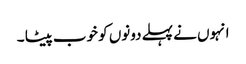
انہوں نے پہلے دونوں کو خوب پیٹا ۔